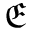
\mathfrak { E }